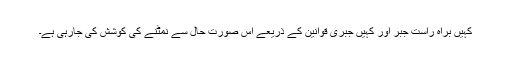
کہیں براہ راست جبر اور کہیں جبری قوانین کے ذریعے اس صورت حال سے نمٹنے کی کوشش کی جارہی ہے۔